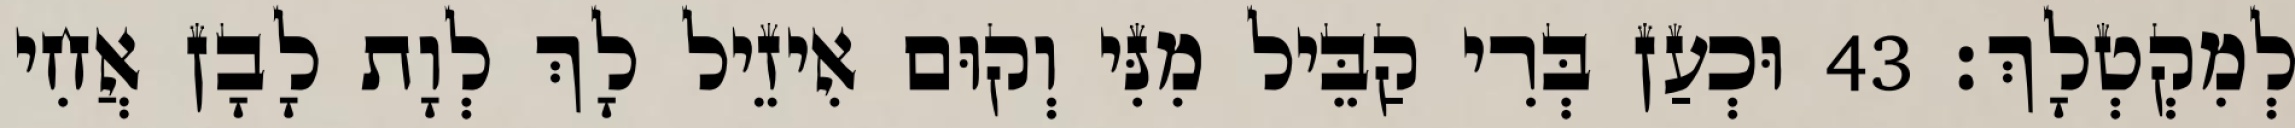
לְמִקְטְלָךְ׃ 43 וּכְעַן בְּרִי קַבֵּיל מִנִּי וְקוּם אִיזֵיל לָךְ לְוָת לָבָן אֲחִי